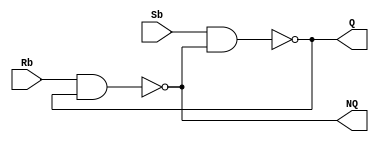
module Lab3_SbRb_Latch_gatelevel(output Q, NQ, input Sb,Rb);
	nand #(2) A1(Q,Sb,NQ);
	nand #(2) A2(NQ,Rb,Q);
endmodule